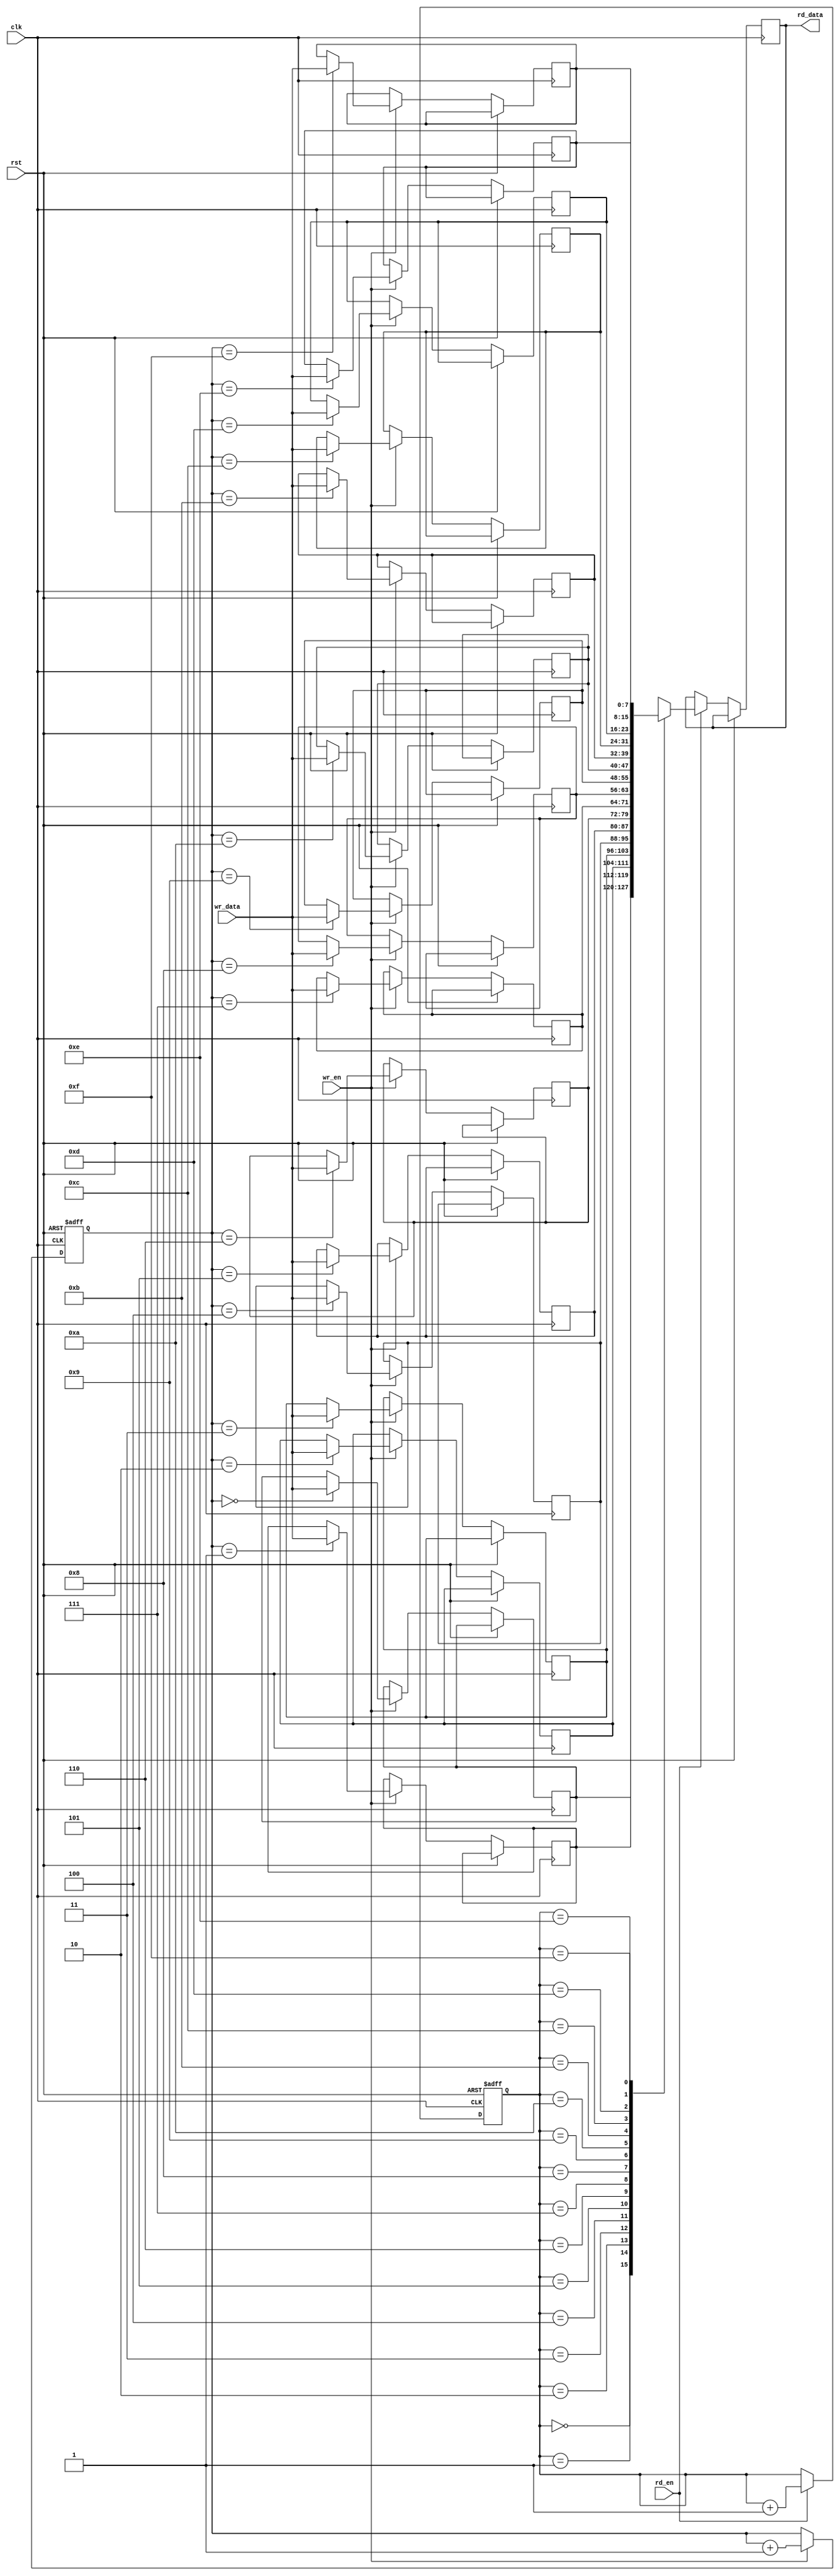
module FIFO (
    input wire clk,
    input wire rst,
    input wire wr_en,
    input wire rd_en,
    input wire [7:0] wr_data,
    output reg [7:0] rd_data
);

reg [7:0] memory [0:15];
reg [3:0] write_pointer;
reg [3:0] read_pointer;

always @(posedge clk or posedge rst) begin
    if (rst) begin
        write_pointer <= 4'b0000;
        read_pointer <= 4'b0000;
    end else begin
        if (wr_en) begin
            memory[write_pointer] <= wr_data;
            write_pointer <= write_pointer + 1;
        end
        if (rd_en) begin
            rd_data <= memory[read_pointer];
            read_pointer <= read_pointer + 1;
        end
    end
end

endmodule